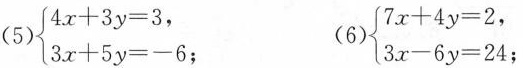
（5）$$\begin{cases}